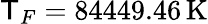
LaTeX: \mathsf{T}_{F}=84449.46\, \mathrm{{K}}